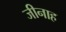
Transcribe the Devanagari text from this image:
जीनाह